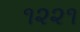
૧૨૨૧